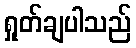
ရှုတ်ချပါသည်